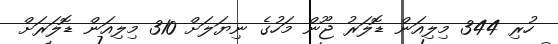
ހުރި 344 މިލިއަން ޑޮލަރު ޖޫން މަހުގެ ނިޔަލަށް 310 މިލިއަން ޑޮލަރަށް